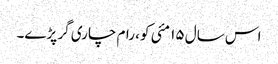
اس سال ۱۵ مئی کو، رام چاری گر پڑے۔